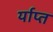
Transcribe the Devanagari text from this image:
र्याप्त